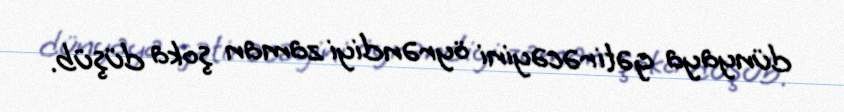
dünyaya gətirəcəyini öyrəndiyi zaman şoka düşüb.